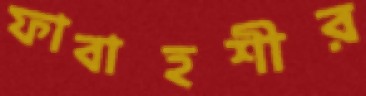
ফাবাহশীর